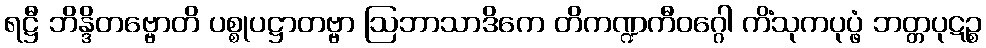
ရဋ္ဌီ ဘိန္ဒိတဗ္ဗောတိ ပစ္စုပဋ္ဌာတဗ္ဗာ ဩဘာသာဒိကေ တိကဏ္ဍကီဝဂ္ဂေါ ကိံသုကပုပ္ဖံ ဘတ္တပုဋဉ္စ